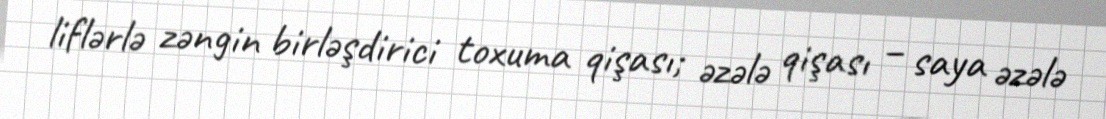
liflərlə zəngin birləşdirici toxuma qişası; əzələ qişası – saya əzələ